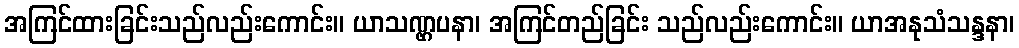
အကြင်ထားခြင်းသည်လည်းကောင်း။ ယာသဏ္ဌပနာ၊ အကြင်တည်ခြင်း သည်လည်းကောင်း။ ယာအနုသံသန္ဒနာ၊